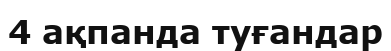
4 ақпанда туғандар